Problem: 18 + 26 = ?
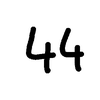
Handwritten answer: 44